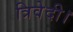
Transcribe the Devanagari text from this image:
त्रिवेदी।